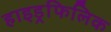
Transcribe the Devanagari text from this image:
हाइड्रफिलिक